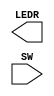
// Verilog code for lab2 part2

module mux2to1(LEDR, SW); // mux2to1 (Multiplexer)
    input [9:0] SW;
    output [9:0] LEDR; 
	 
	 wire w1, w2, w3;
	 
	 V7432 u1(
        .pin1(SW[0]),
        .pin2(w1),
        .pin3(w2)
		);
		  
	 V7432 u2(	
        .pin4(SW[1]),
		.pin5(SW[9]),
		.pin6(w3)
        );
		  
	 V7408 u3(
        .pin1(SW[9]),
		.pin2(w1)
        );
		  
	 V7404 u4(
        .pin1(w2),
        .pin2(w3),
        .pin3(LEDR[0]) 
        );

endmodule

module V7408 (input pin1, pin2, pin4, pin5, pin9, pin10, pin12, pin13,
				  output pin3, pin6, pin8, pin11); // v7408 (AND Gate) 
	assign pin3 = pin1 & pin2;
	assign pin6 = pin4 & pin5;
	assign pin8 = pin10 & pin9;
	assign pin11 = pin13 & pin12;
	
endmodule

module V7404 (input pin1, pin3, pin5, pin9, pin11, pin13,
				  output pin2, pin4, pin6, pin8, pin10, pin12); // v7404 (NOT Gate) 
	assign pin2 = ~pin1;
	assign pin4 = ~pin3;
	assign pin6 = ~pin5;
	assign pin8 = ~pin9;
	assign pin10 = ~pin11;
	assign pin12 = ~pin13;
	
endmodule

module V7432 (input pin1, pin2, pin4, pin5, pin9, pin10, pin12, pin13,
				  output pin3, pin6, pin8, pin11); //  v7432 (OR Gate) 
	assign pin3 = pin1 | pin2;
	assign pin6 = pin4 | pin5;
	assign pin8 = pin10 | pin9; 
	assign pin11 = pin13 | pin12;
	
endmodule